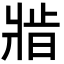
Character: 𬌆